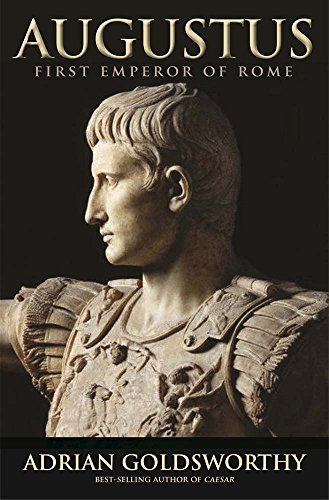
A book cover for Augustus: First Emperor of Rome; Adrian Goldsworthy; Biographies & Memoirs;